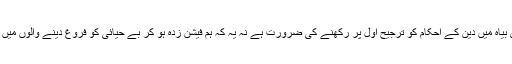
ہمیں شادی بیاہ میں دین کے احکام کو ترجیح اول پر رکھنے کی ضرورت ہے نہ یہ کہ ہم فیشن زدہ ہو کر بے حیائی کو فروغ دینے والوں میں شامل ہوں۔